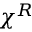
\chi ^ { R }